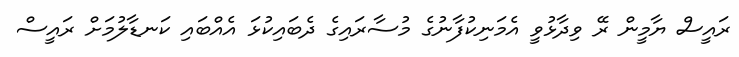
ރައީސް ޔާމީން ރޭ ވިދާޅުވީ އެމަނިކުފާނުގެ މުސާރައިގެ ދެބައިކުޅަ އެއްބައި ކަނޑާލުމަށް ރައީސް